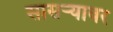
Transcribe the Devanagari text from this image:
सासर्‍यावर